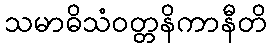
သမာဓိသံဝတ္တနိကာနီတိ